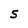
Character: S